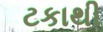
ટકાથી